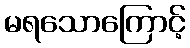
မရသောကြောင့်